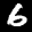
Label: 6